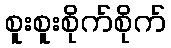
စူးစူးစိုက်စိုက်